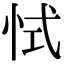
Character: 恜